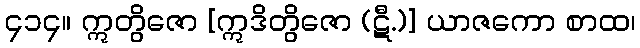
၄၁၄။ ဣတွိဇော [ဣဒိတွိဇော (ဋီ.)] ယာဇကော စာထ၊